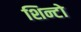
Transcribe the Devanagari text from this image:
शिन्टो